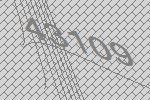
43109